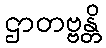
ဌာတဗ္ဗန္တိ